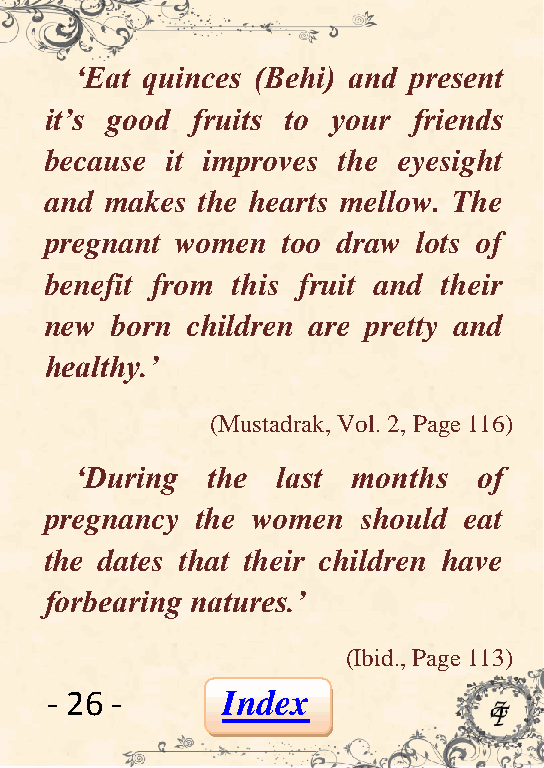
„Eat quinces (Behi) and present
 it‟s good fruits to your friends
 because it improves the eyesight
 and makes the hearts mellow. The
 pregnant women  too draw lots of
 benefit from this fruit and their
 new born children are pretty and
 healthy.‟
 (Mustadrak, Vol. 2, Page 116)
 „During  the last months   of
 pregnancy the women  should eat
 the dates that their children have
 forbearing natures.‟
 (Ibid., Page 113)
 - 26 -      Index